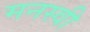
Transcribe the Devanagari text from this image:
मनस्‍वी